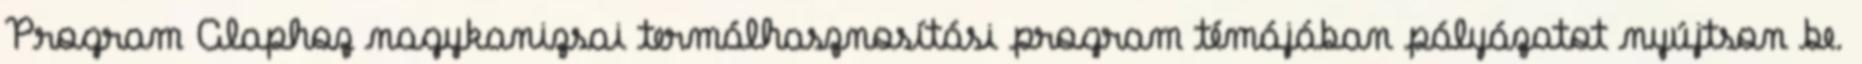
Program Alaphoz nagykanizsai termálhasznosítási program témájában pályázatot nyújtson be.